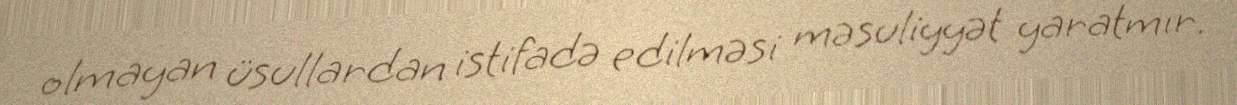
olmayan üsullardan istifadə edilməsi məsuliyyət yaratmır.